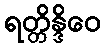
ရတ္တိန္ဒိဝေ